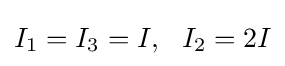
I_{1}=I_{3}=I,\ \ I_{2}=2I